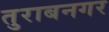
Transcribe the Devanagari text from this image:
तुराबनगर